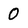
Character: 0